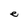
Character: e